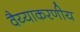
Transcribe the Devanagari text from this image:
वैय्याकरणीय